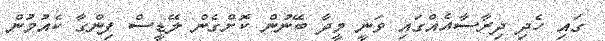
ގައި ހެދި ދިރާސާއެއްގައި ވަނީ މީދާ ބޭނުން ކޮށްގެން ލޭޑީސް ފިންގާ ކެއުމުން